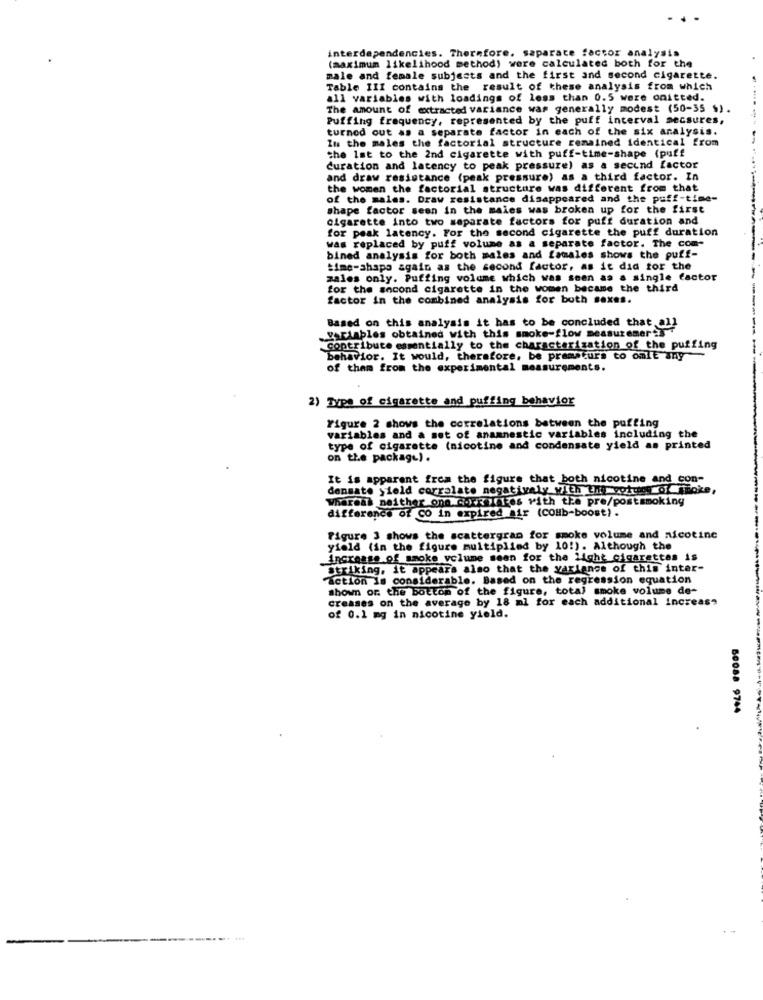
interdependencies. Therefore, saparate factor analysis
(maximum likelihood method) were calculated both for the
male and female subjects and the first and second cigarette.
Table III contains the result of these analysis from which
all variables with loadings of less than 0.5 were onitted.
The amount of extracted variance was generally modest (50-35 $)
Puffing frequency, represented by the puff interval secsures,
turned out as a separate factor in each of the six analysis.
Im the males the factorial structure remained identical from
the Ist to the 2nd cigarette with puff-time-shape (puff
duration and latency to peak pressure) as a second factor
and draw resistance (peak pressure) as a third factor. In
the women the factorial structure was different from that
of the males. Draw resistance disappeared and the puff-time-
shape factor seen in the maies was broken up for the first
cigarette into two separate factors for puff duration and
for peak latency. For the second cigarette the puff duration
was replaced by puff volume as a separate factor. The com-
bined analysis for both males and famales shows the puff-
time-shapo again as the second factor, as it did for the
zales only. Puffing volume which was seen as a single factor
for the second cigarette in the women became the third
factor in the combined analysis for both sexes.
variables obtained with this smoke-flow measurement3
Based on this analysis it has to be concluded that all
Contribute essentially to the characterization of the puffing
-
behavior. It would, therefore, be prematurs to cult any
of them from the experimental measurements.
2) Type of cigarette and puffing behavior
Figure 2 shows the correlations between the puffing
variables and a set of anamnestic variables including the
type of cigarette (nicotine and condensate yield as printed
on the package).
It is apparent from the figure that both nicotine and con-
dansato yield corralate negatively with thy votre of joke,
Whereal neither one (.)+xylies with the pre/postsmoking
difference of CO in expired air (COHb-boost).
Figure 3 shows the scattergran for smoke volume and nicotine
yield (in the figure multiplied by 10!). Although the
increase of smoke volume seen for the light cigarettes is
Striking, it appears also that the variance of this inter-
action Is considerable. Based on the regression equation
shown on the bottom of the figure, total smoke volume de-
creases on the average by 18 ml for each additional increase
of 0.1 mg in nicotine yield.
60088 9744